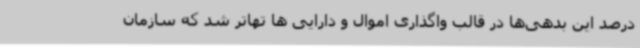
درصد این بدهی‌ها در قالب واگذاری اموال و دارایی ها تهاتر شد که سازمان